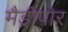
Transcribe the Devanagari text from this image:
मैड्रीपोर